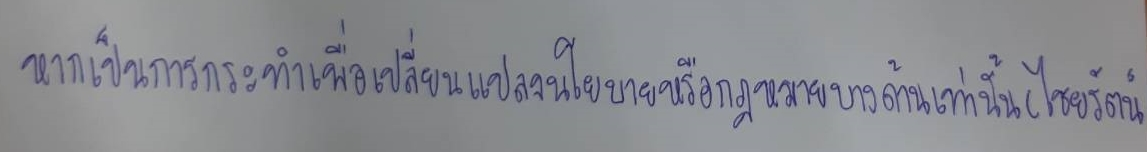
หากเป็นการกระทำเพื่อเปลี่ยนแปลงนโยบายหรือกฎหมายบางด้านเท่านั้น(ไชยรัตน์